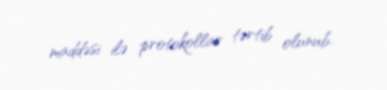
maddəsi ilə protokollar tərtib olunub.